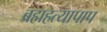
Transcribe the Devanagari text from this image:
ब्रह्महत्यापाप